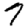
Digit: 7